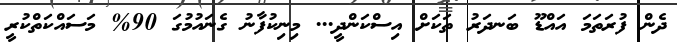
ދެން ފުރަތަމަ އައްޑޫ ބަނދަރު ތަކަށް އިސްކަންދީ... މިނިކުފާނު ގެނައުމުގަ 90% މަސައްކަތްކުރީ